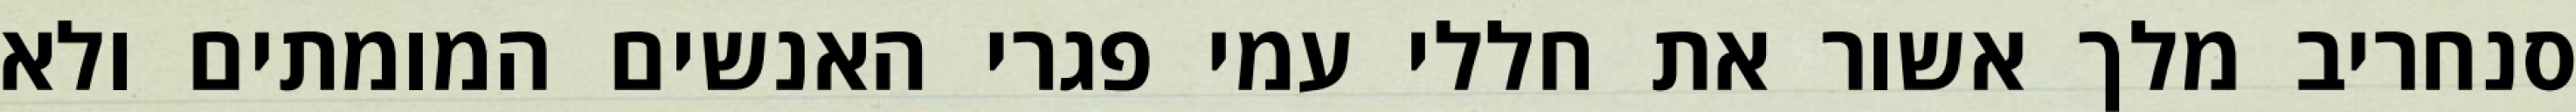
סנחריב מלך אשור את חללי עמי פגרי האנשים המומתים ולא